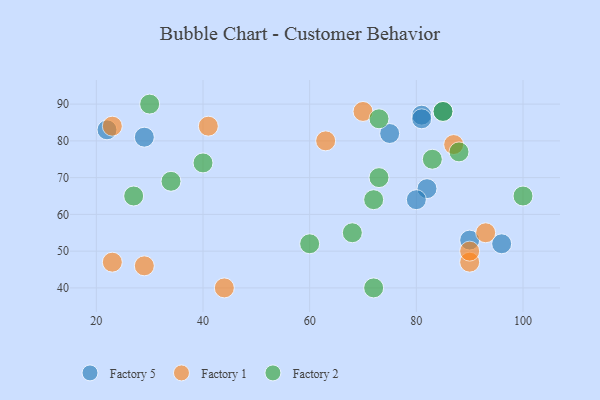
{"axis": {"x": "GDP", "y": "Life Expectancy"}, "legend": ["Factory 1", "Factory 2", "Factory 5"], "data": [{"x": "96", "y": 52, "type": "Factory 5"}, {"x": "82", "y": 67, "type": "Factory 5"}, {"x": "22", "y": 83, "type": "Factory 5"}, {"x": "80", "y": 64, "type": "Factory 5"}, {"x": "90", "y": 53, "type": "Factory 5"}, {"x": "29", "y": 81, "type": "Factory 5"}, {"x": "85", "y": 88, "type": "Factory 5"}, {"x": "81", "y": 87, "type": "Factory 5"}, {"x": "81", "y": 86, "type": "Factory 5"}, {"x": "75", "y": 82, "type": "Factory 5"}, {"x": "41", "y": 84, "type": "Factory 1"}, {"x": "63", "y": 80, "type": "Factory 1"}, {"x": "44", "y": 40, "type": "Factory 1"}, {"x": "93", "y": 55, "type": "Factory 1"}, {"x": "70", "y": 88, "type": "Factory 1"}, {"x": "87", "y": 79, "type": "Factory 1"}, {"x": "23", "y": 47, "type": "Factory 1"}, {"x": "90", "y": 47, "type": "Factory 1"}, {"x": "29", "y": 46, "type": "Factory 1"}, {"x": "23", "y": 84, "type": "Factory 1"}, {"x": "90", "y": 50, "type": "Factory 1"}, {"x": "72", "y": 40, "type": "Factory 2"}, {"x": "30", "y": 90, "type": "Factory 2"}, {"x": "88", "y": 77, "type": "Factory 2"}, {"x": "100", "y": 65, "type": "Factory 2"}, {"x": "85", "y": 88, "type": "Factory 2"}, {"x": "40", "y": 74, "type": "Factory 2"}, {"x": "68", "y": 55, "type": "Factory 2"}, {"x": "60", "y": 52, "type": "Factory 2"}, {"x": "83", "y": 75, "type": "Factory 2"}, {"x": "34", "y": 69, "type": "Factory 2"}, {"x": "72", "y": 64, "type": "Factory 2"}, {"x": "73", "y": 70, "type": "Factory 2"}, {"x": "73", "y": 86, "type": "Factory 2"}, {"x": "27", "y": 65, "type": "Factory 2"}]}